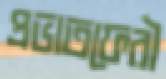
প্রভাতফেরী